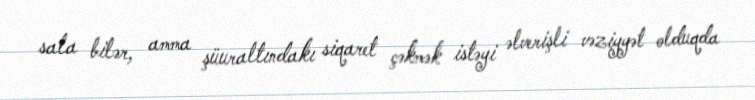
sala bilər, amma şüuraltındakı siqaret çəkmək istəyi əlverişli vəziyyət olduqda